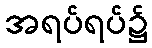
အရပ်ရပ်၌